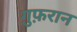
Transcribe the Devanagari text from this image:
ग़ुफ़रान